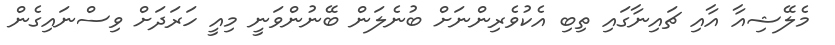
މެލޭޝިއާ އާއި ޗައިނާގައި ތިބި އެކުވެރިންނަށް ބުނެލަން ބޭނުންވަނީ މިއީ ހަރަދަށް ވިސްނައިގެން